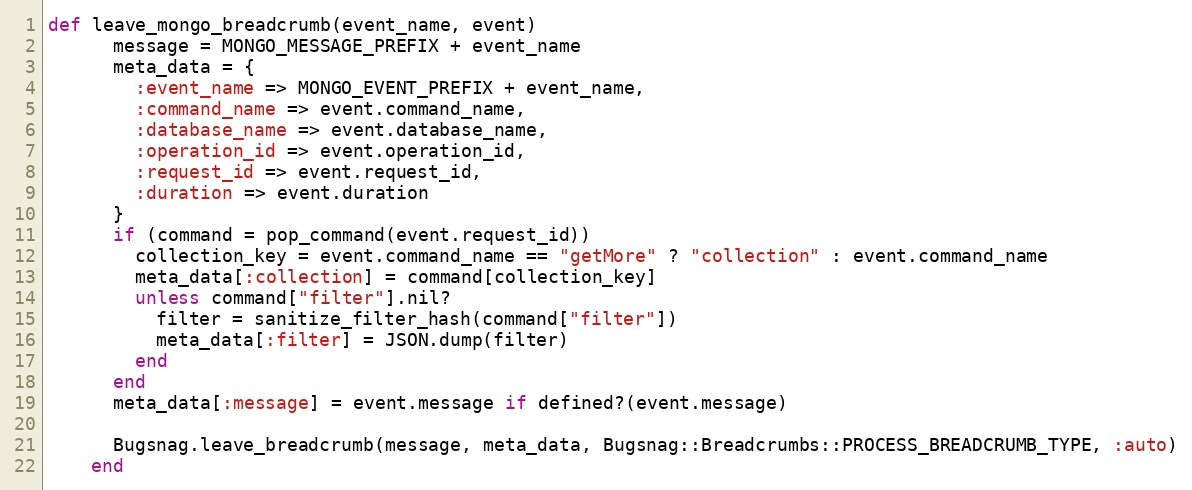
Language: Ruby
def leave_mongo_breadcrumb(event_name, event)
      message = MONGO_MESSAGE_PREFIX + event_name
      meta_data = {
        :event_name => MONGO_EVENT_PREFIX + event_name,
        :command_name => event.command_name,
        :database_name => event.database_name,
        :operation_id => event.operation_id,
        :request_id => event.request_id,
        :duration => event.duration
      }
      if (command = pop_command(event.request_id))
        collection_key = event.command_name == "getMore" ? "collection" : event.command_name
        meta_data[:collection] = command[collection_key]
        unless command["filter"].nil?
          filter = sanitize_filter_hash(command["filter"])
          meta_data[:filter] = JSON.dump(filter)
        end
      end
      meta_data[:message] = event.message if defined?(event.message)

      Bugsnag.leave_breadcrumb(message, meta_data, Bugsnag::Breadcrumbs::PROCESS_BREADCRUMB_TYPE, :auto)
    end